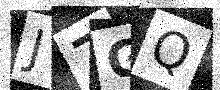
Text: J7GQ